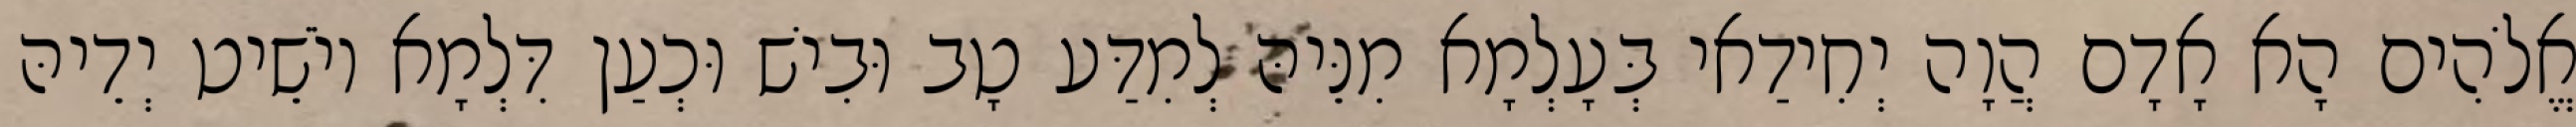
אֱלֹהִים הָא אָדָם הֲוָה יְחִידַאי בְּעָלְמָא מִנֵּיהּ לְמִדַּע טָב וּבִישׁ וּכְעַן דִּלְמָא יוֹשֵׁיט יְדֵיהּ